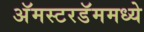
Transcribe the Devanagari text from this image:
अॅमस्टरडॅममध्ये